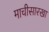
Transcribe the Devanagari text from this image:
माचीसारखा